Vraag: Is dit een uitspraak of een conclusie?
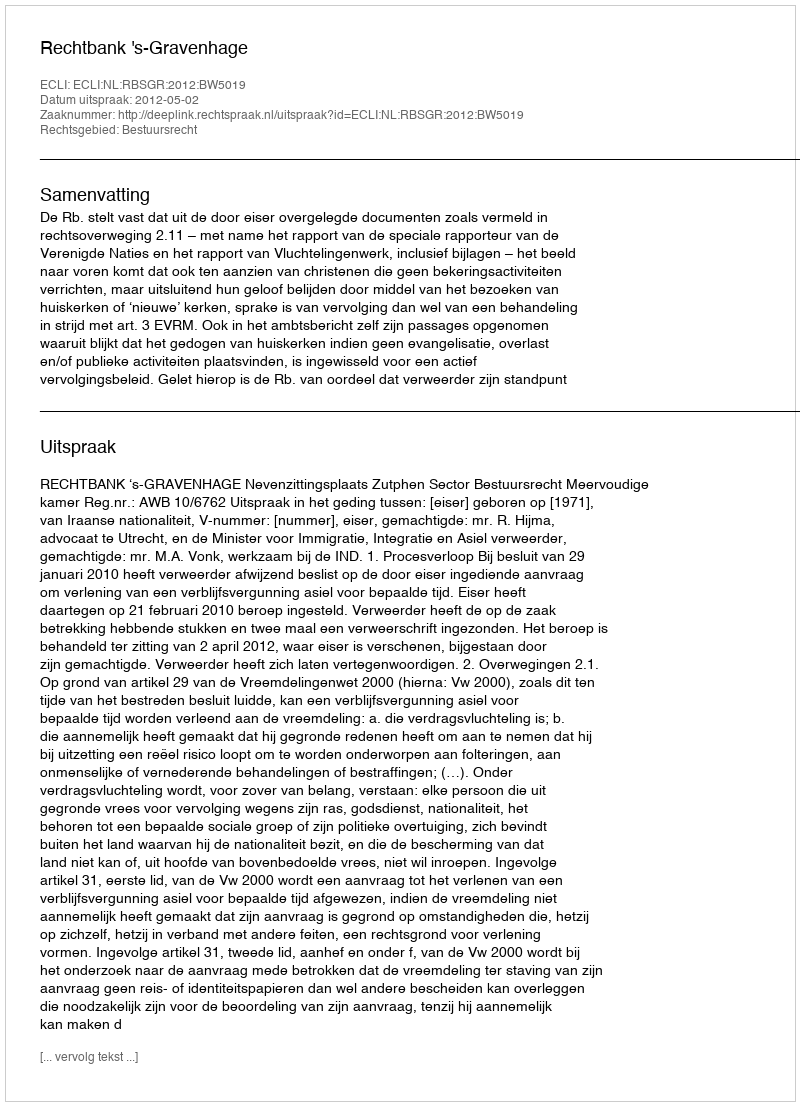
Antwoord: Uitspraak